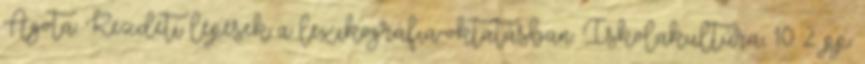
Ágota: Kezdeti lépések a lexikográfia-oktatásban. Iskolakultúra, 10 2. pp.